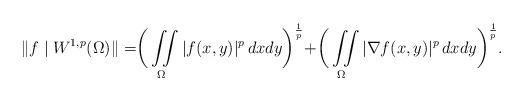
LaTeX: \begin{align*}\|f\mid W^{1,p}(\Omega)\|=\biggr(\iint\limits _{\Omega}|f(x,y)|^{p}\, dxdy\biggr)^{\frac{1}{p}}+\biggr(\iint\limits _{\Omega}|\nabla f(x,y)|^{p}\, dxdy\biggr)^{\frac{1}{p}}.\end{align*}